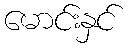
မောင်းနှင်